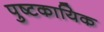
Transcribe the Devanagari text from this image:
पुष्टकायिक